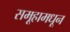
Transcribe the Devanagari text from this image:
समूहामधून